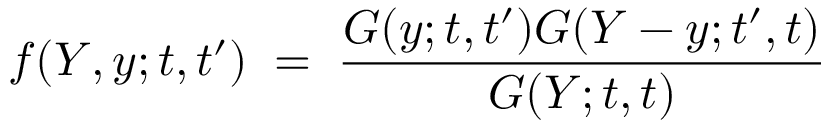
f ( Y , y ; t , t ^ { \prime } ) \; = \; \frac { G ( y ; t , t ^ { \prime } ) G ( Y - y ; t ^ { \prime } , t ) } { G ( Y ; t , t ) }